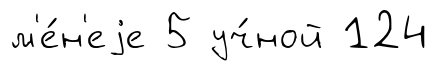
м'е́н'еjе 5 уч́ной 124